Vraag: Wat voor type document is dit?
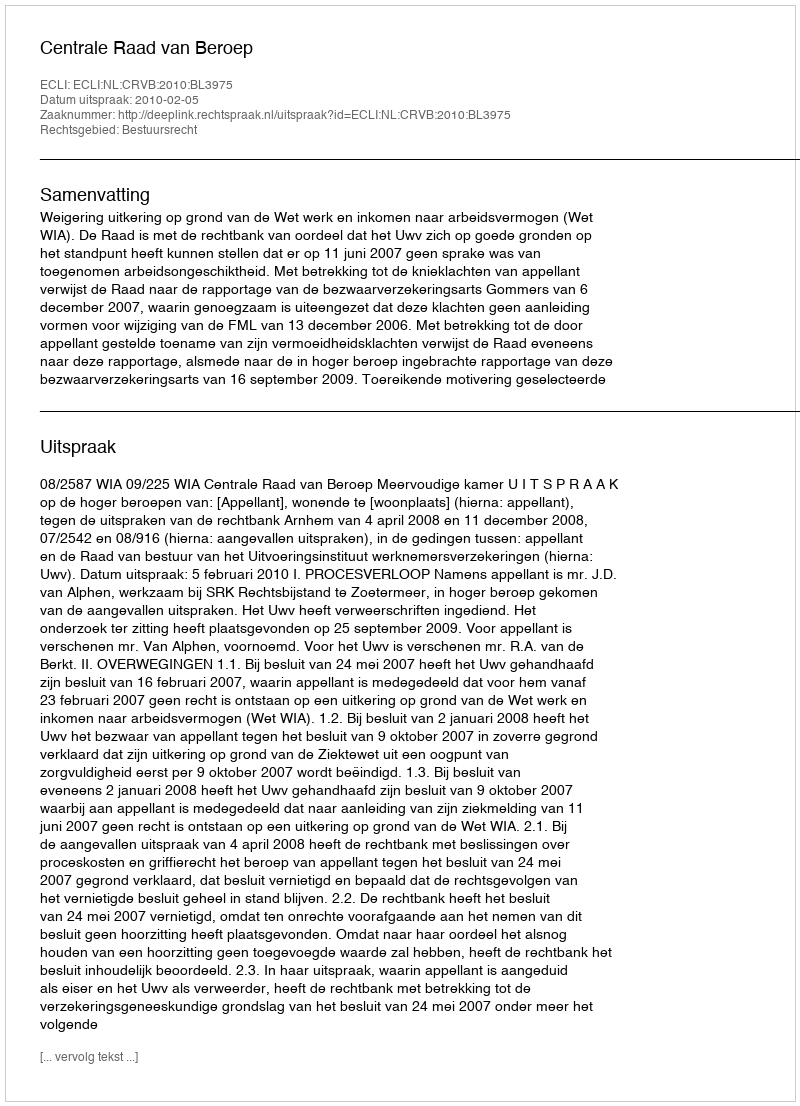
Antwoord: Uitspraak